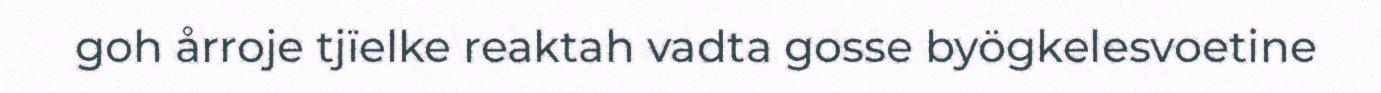
goh årroje tjïelke reaktah vadta gosse byögkelesvoetine